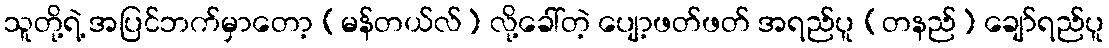
သူတို့ရဲ့ အပြင်ဘက်မှာတော့ (မန်တယ်လ်) လို့ခေါ်တဲ့ ပျော့ဖတ်ဖတ် အရည်ပူ (တနည်) ချော်ရည်ပူ